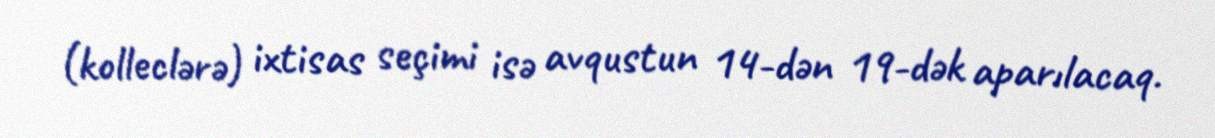
(kolleclərə) ixtisas seçimi isə avqustun 14-dən 19-dək aparılacaq.